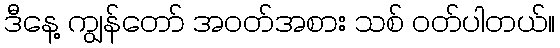
ဒီနေ့ ကျွန်တော် အဝတ်အစား သစ် ဝတ်ပါတယ်။